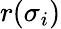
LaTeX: r(\sigma_{i})